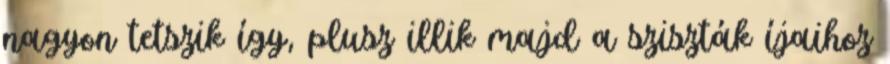
nagyon tetszik így, plusz illik majd a sziszták íjaihoz